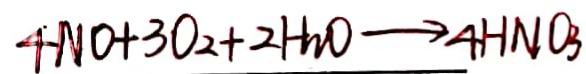
4 N O + 3 O _ { 2 } + 2 H _ { 3 } O \rightarrow 4 H N O _ { 3 }